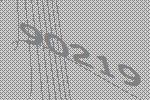
90219